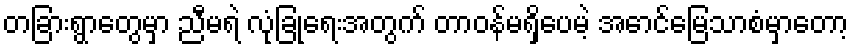
တခြားရွာတွေမှာ ညီမရဲ လုံခြုံရေးအတွက် တာဝန်မရှိပေမဲ့ အောင်မြေသာစံမှာတော့